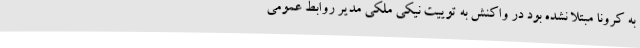
به کرونا مبتلا نشده بود در واکنش به توییت نیکی ملکی مدیر روابط عمومی